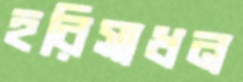
হরিসাধন